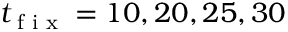
t _ { \tiny { \textrm { f i x } } } = 1 0 , 2 0 , 2 5 , 3 0